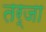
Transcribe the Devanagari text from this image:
तर्जा